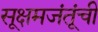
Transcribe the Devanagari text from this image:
सूक्षमजंतूंची